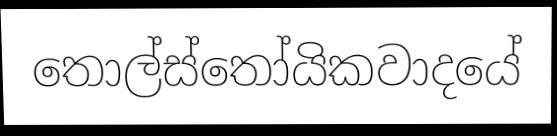
තොල්ස්තෝයිකවාදයේ